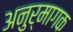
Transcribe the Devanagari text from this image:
अनुर्मागक